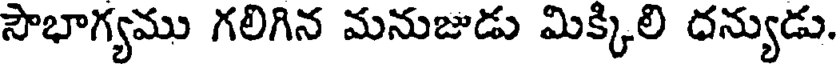
సౌభాగ్యము గలిగిన మనుజుడు మిక్కిలి దన్యుడు.